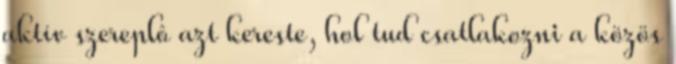
aktív szereplô azt kereste, hol tud csatlakozni a közös